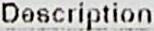
DESCRIPTION